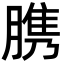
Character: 䐪